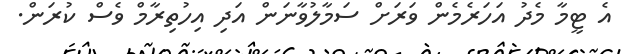
އެ ޓީމާ މެދު އަހަރެމެން ވަރަށް ސަމާލުވާނަން އަދި އިހުތިރާމް ވެސް ކުރަން.